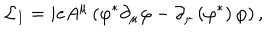
LaTeX: { \cal L } _ { I } = i e A ^ { \mu } \left( \varphi ^ { \ast } \partial _ { \mu } \varphi - \partial _ { \mu } \left( \varphi ^ { \ast } \right) \varphi \right) ,